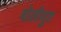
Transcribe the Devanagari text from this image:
बोलीयुत